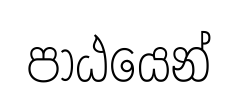
පාඨයෙන්